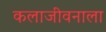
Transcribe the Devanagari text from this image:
कलाजीवनाला